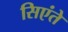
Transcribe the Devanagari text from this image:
सिएंते